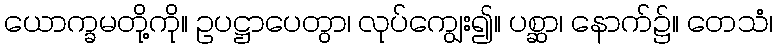
ယောက္ခမတို့ကို။ ဥပဋ္ဌာပေတွာ၊ လုပ်ကျွေး၍။ ပစ္ဆာ၊ နောက်၌။ တေသံ၊